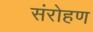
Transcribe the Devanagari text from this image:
संरोहण